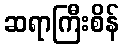
ဆရာကြီးစိန်